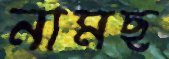
নামছ